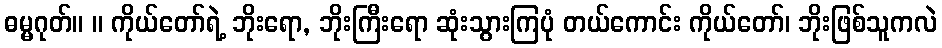
ဓမ္မဂုတ်။ ။ ကိုယ်တော်ရဲ့ ဘိုးရော, ဘိုးကြီးရော ဆုံးသွားကြပုံ တယ်ကောင်း ကိုယ်တော်၊ ဘိုးဖြစ်သူကလဲ